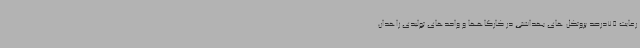
رعایت 75درصد پروتکل های بهداشتی در کارگاهها و واحدهای تولیدی زاهدان